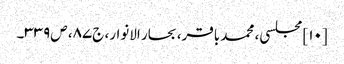
[۱۰] مجلسی، محمد باقر، بحار الانوار، ج‌۸۷، ص‌۳۳۹۔